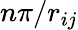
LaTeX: n\pi/r_{ij}